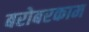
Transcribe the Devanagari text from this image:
बरोबरकाम